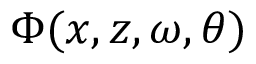
\Phi ( x , z , \omega , \theta )